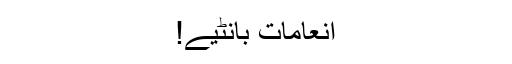
انعامات بانٹیے!